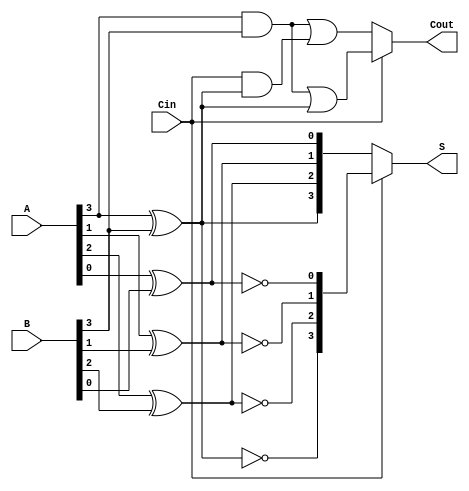
module Conditional_Sum_Adder #(parameter n = 4) (
    input  [n-1:0] A,      // First n-bit input
    input  [n-1:0] B,      // Second n-bit input
    input          Cin,     // Carry-in
    output [n-1:0] S,      // n-bit sum output
    output         Cout     // Carry-out output
);

    wire [n-1:0] S0;   // Sums assuming carry-in = 0
    wire [n-1:0] S1;   // Sums assuming carry-in = 1
    wire [n-1:0] C0;   // Carry-outs assuming carry-in = 0
    wire [n-1:0] C1;   // Carry-outs assuming carry-in = 1
    wire [n-1:0] S_select; // Selected sum based on carry-out

    // Generate sums and carries for each bit position
    genvar i;
    generate
        for (i = 0; i < n; i = i + 1) begin : CSA_Bit
            // Compute S0 and S1
            assign S0[i] = A[i] ^ B[i] ^ 0;         // Carry-in = 0
            assign S1[i] = A[i] ^ B[i] ^ 1;         // Carry-in = 1

            // Compute C0 and C1
            assign C0[i] = (A[i] & B[i]) | (Cin & (A[i] ^ B[i])); // Carry-out for Cin = 0
            assign C1[i] = (A[i] & B[i]) | (1 & (A[i] ^ B[i]));  // Carry-out for Cin = 1
        end
    endgenerate

    // Determine the selected sum and carry-out based on carry-in
    assign Cout = (Cin) ? C1[n-1] : C0[n-1]; // Final carry-out
    assign S = (Cin) ? S1 : S0;              // Selected sum based on carry-in

endmodule